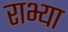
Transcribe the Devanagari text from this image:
राभ्या